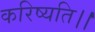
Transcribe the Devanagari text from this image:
करिष्यति।।